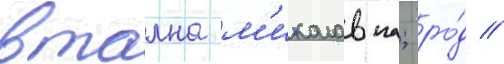
втална м'иколавна; ро́д //